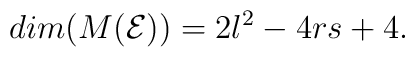
dim ( M ( \mathcal{E} )) = 2 l^2 - 4 r s + 4.